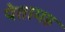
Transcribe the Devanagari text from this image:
पेतामह